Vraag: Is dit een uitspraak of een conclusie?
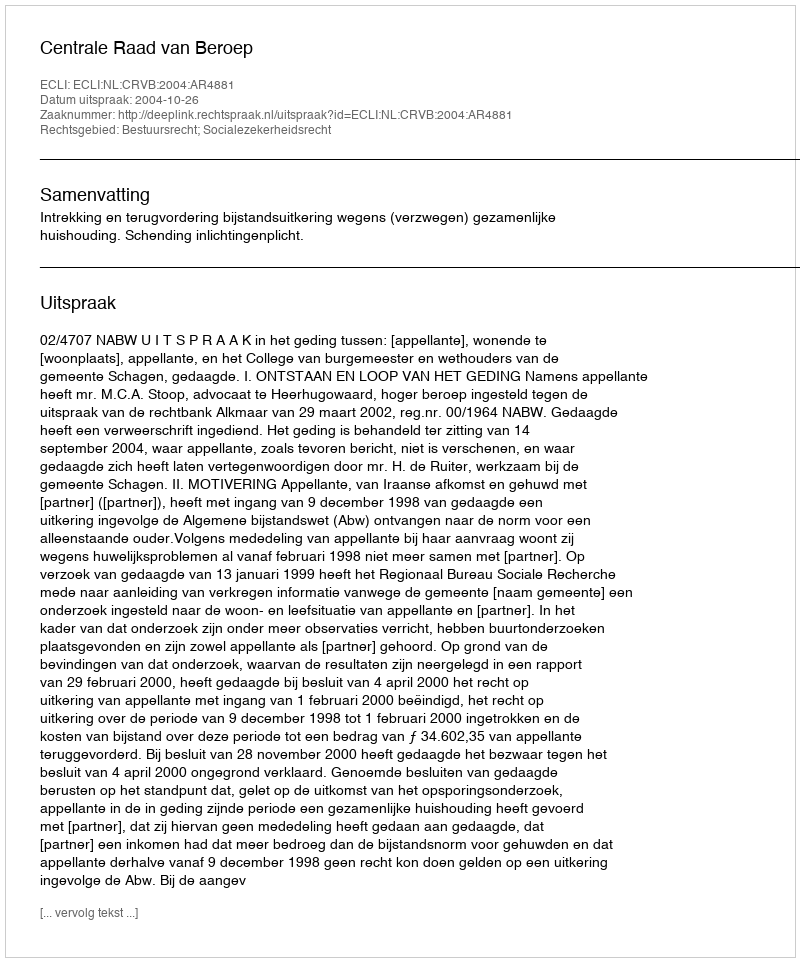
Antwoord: Uitspraak